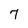
Character: 7